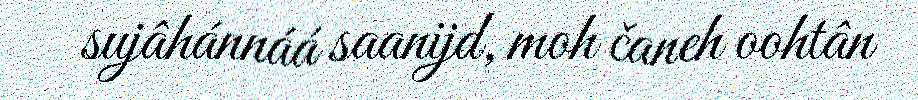
sujâhánnáá saanijd, moh čaneh oohtân